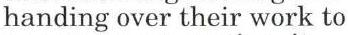
handing over their work to